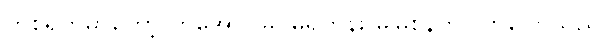
တစ်ရက်မှာတော့ ကိုအောင်မြိုင်မရှိတုန်း မမြစိန်က လာပြောသည်။